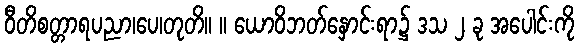
ဝီတိစတ္တာရပညာ၊ပေ၊တုတိ။ ။ ယောဝိဘတ်နှောင်းရာ၌ ဒသ ၂ ခု အပေါင်းကို